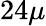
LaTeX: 24\mu